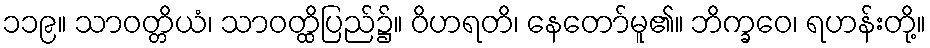
၁၁၉။ သာဝတ္တိယံ၊ သာဝတ္ထိပြည်၌။ ဝိဟရတိ၊ နေတော်မူ၏။ ဘိက္ခဝေ၊ ရဟန်းတို့။